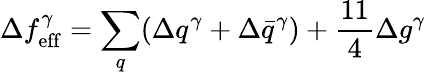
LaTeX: \Delta f_{\mathrm{eff}}^{\gamma}=\sum_{q}(\Delta q^{\gamma}+\Delta\bar{q}^{\gamma})+\frac{11}{4}\Delta g^{\gamma}